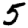
Digit: 5